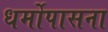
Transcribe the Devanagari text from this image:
धर्मोपासना